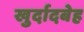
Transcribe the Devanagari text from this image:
खुर्दादबेह